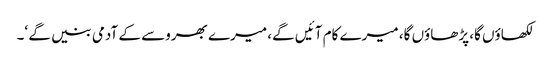
لکھاؤں گا، پڑھاؤں گا، میرے کام آئیں گے، میرے بھروسے کے آدمی بنیں گے ‘۔